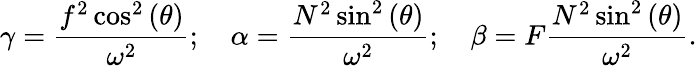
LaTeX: \gamma=\frac{f^{2}\cos^{2}{(\theta)}}{\omega^{2}};\quad\alpha=\frac{N^{2}\sin^{2}{(\theta)}}{\omega^{2}};\quad\beta=F\frac{N^{2}\sin^{2}{(\theta)}}{\omega^{2}}.